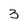
Character: 3